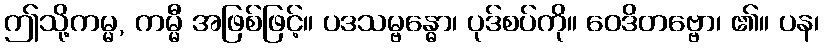
ဤသို့ကမ္မ, ကမ္မီ အဖြစ်ဖြင့်။ ပဒသမ္ဗန္ဓော၊ ပုဒ်စပ်ကို။ ဝေဒိတဗ္ဗော၊ ၏။ ပန၊